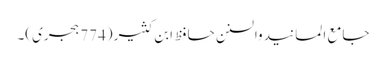
جامع المسانید والسنن حافظ ابن کثیر (774 ہجری)۔